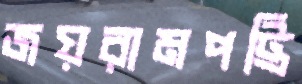
জয়রামপট্টি